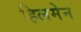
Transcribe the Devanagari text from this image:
हिलमेन